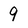
Character: 9